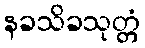
နခသိခသုတ္တံ